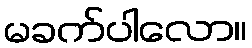
မခက်ပါလော။